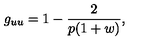
g _ { u u } = 1 - \frac { 2 } { p ( 1 + w ) } ,